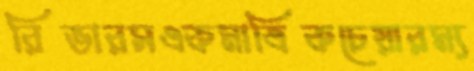
রিভারসএকমাত্রিকচেয়ারম্য